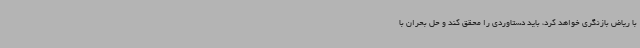
با ریاض بازنگری خواهد کرد، باید دستاوردی را محقق کند و حل بحران با